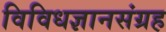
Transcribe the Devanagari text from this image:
विविधज्ञानसंग्रह